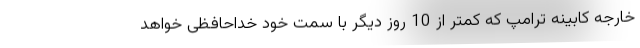
خارجه کابینه ترامپ که کمتر از 10 روز دیگر با سمت خود خداحافظی خواهد